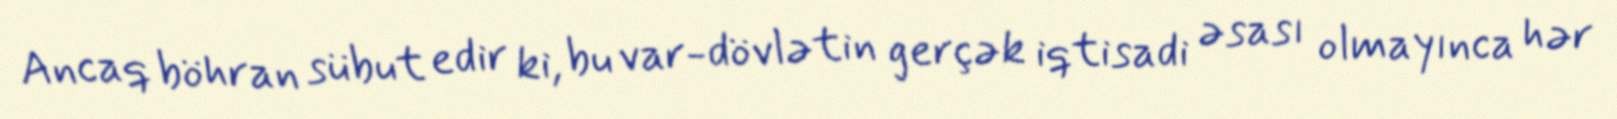
Ancaq böhran sübut edir ki, bu var-dövlətin gerçək iqtisadi əsası olmayınca hər